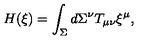
H ( \xi ) = \int _ { \Sigma } d \Sigma ^ { \nu } T _ { \mu \nu } \xi ^ { \mu } ,